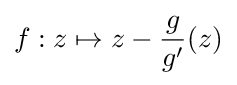
f:z\mapsto z-{\frac {g}{g'}}(z)